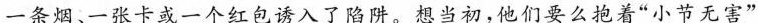
一条烟、一张卡或一个红包诱入了陷阱。想当初，他们要么抱着”小节无害”